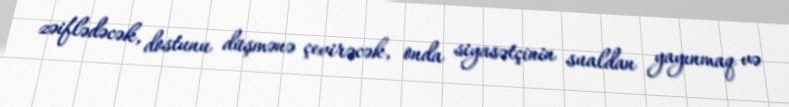
zəiflədəcək, dostunu düşmənə çevirəcək, onda siyasətçinin sualdan yayınmaq və